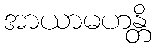
အာယာမဟန္တိ